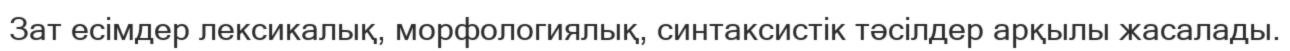
Зат есімдер лексикалық, морфологиялық, синтаксистік тәсілдер арқылы жасалады.